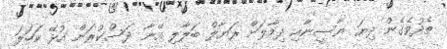
ތެދުވެގެން ދިޔަ ޔާސީނާއި ދިމާލަށް ރަޔާލް ބަލާލި އޭނާ ދަސްކުރަން އުޅޭ ކަހަލަ